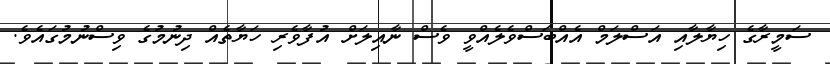
ސަމީރާގެ ހިޔާލާއި އަސްލަމް އެއްބަސްވެލެއްވީ ވެސް ނާއިލަށް އުފާވެރި ހަޔާތެއް ދިނުމުގެ ވިސްނުމުގައެވެ.